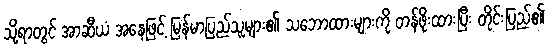
သို့ရာတွင် အာဆီယံ အနေဖြင့် မြန်မာပြည်သူများ၏ သဘောထားများကို တန်ဖိုးထားပြီး တိုင်းပြည်၏